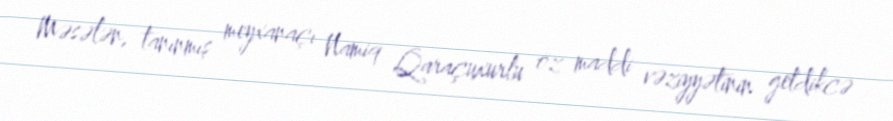
Məsələn, tanınmış meyxanaçı Namiq Qaraçuxurlu öz maddi vəziyyətinin getdikcə